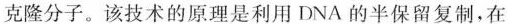
克隆分子。该技术的原理是利用DNA的半保留复制，在